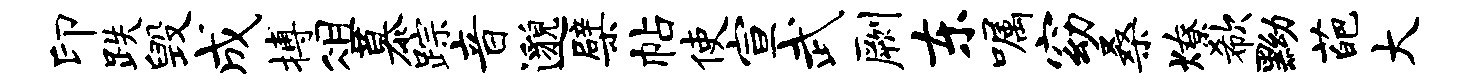
印跌毁成搏俎慕踪音邈檗帖使宣武劂东嘱窈桑燎欷黝葩大